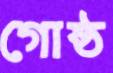
গোষ্ঠ